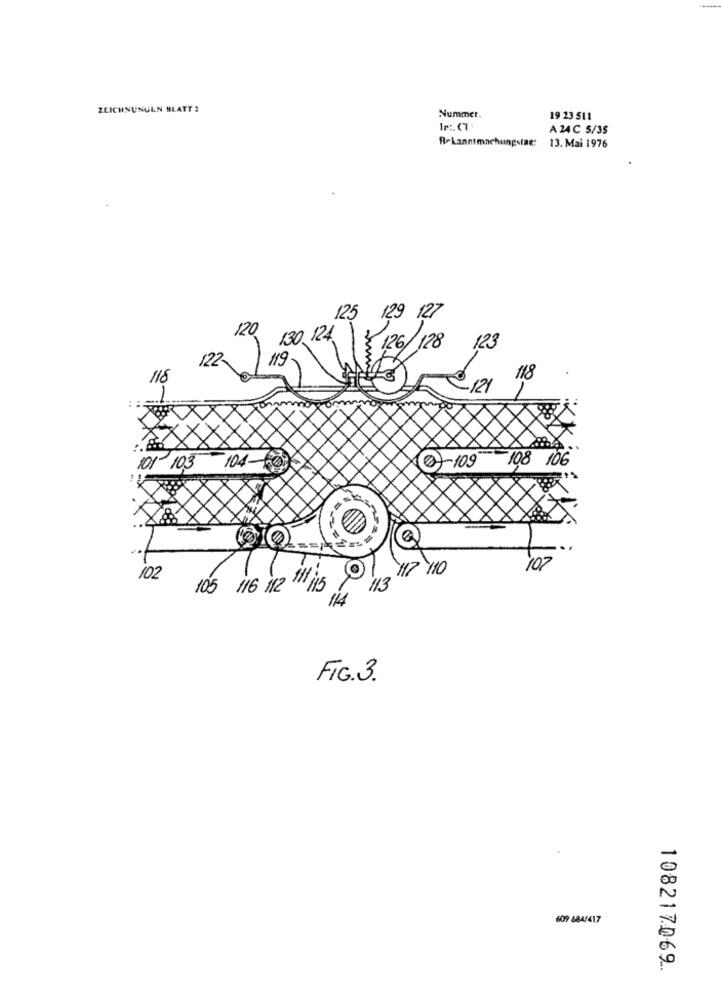
ZEICHNUNGEN BLATT 2
Nummer.
19 23 511
A 24 C 5/35
Bekanntmachungstae:
13. Mai 1976
125 129 127
120
130, 124
123
126/ 128
122
119
118
118
2 121
-
104-
07-109
108 106
101 103
117 110
102
102
105 116 /12 115
113
114
FIG.3.
609 684/417
108217069.